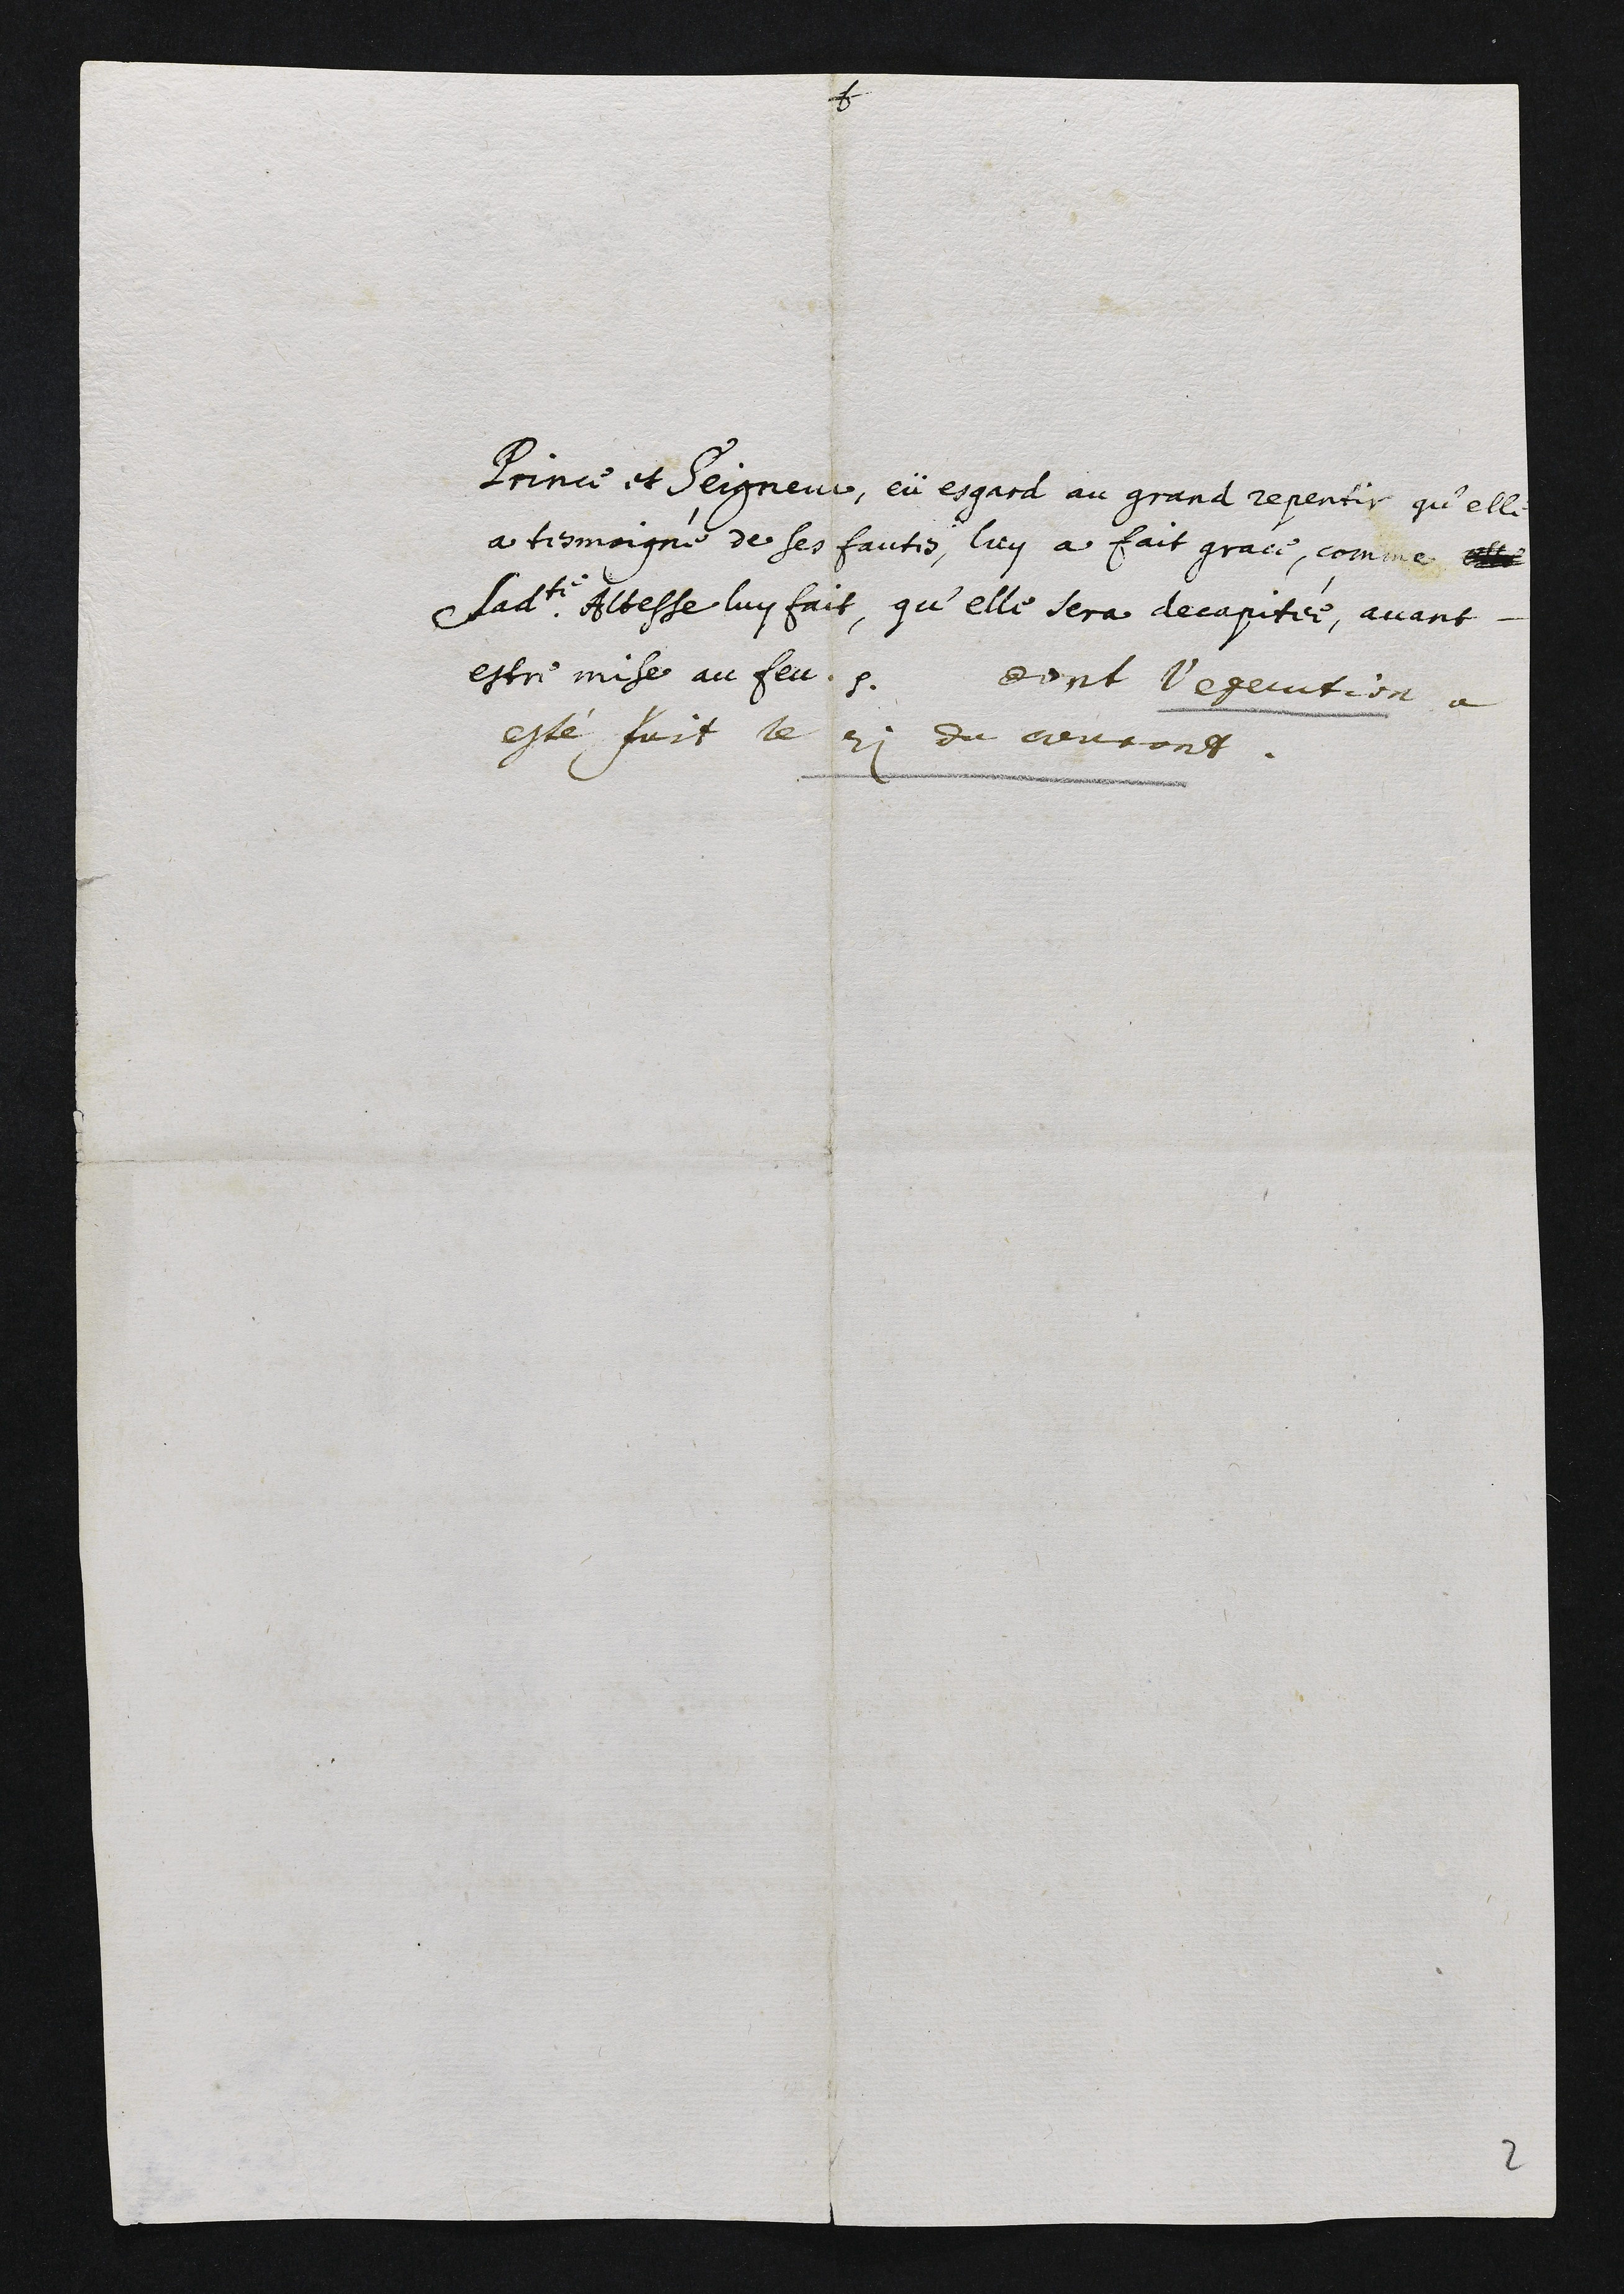
Prince et Seigneur, eü esgard au grand repentir qu’elle
a tesmoigné de ses fautes, luy a fait grace, comme, ee
Lladite Altesse luy fait, qu’elle sera decapitée, avant
estre mise au feu.0. dont l’egeuction à
esté, fuit le 2i du curont.